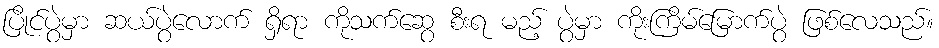
ပြိုင်ပွဲမှာ ဆယ်ပွဲလောက် ရှိရာ ကိုသက်ဆွေ စီးရ မည့် ပွဲမှာ ကိုးကြိမ်မြောက်ပွဲ ဖြစ်လေသည်။